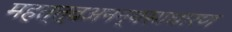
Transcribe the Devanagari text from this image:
महत्त्वअनन्यसाधारण